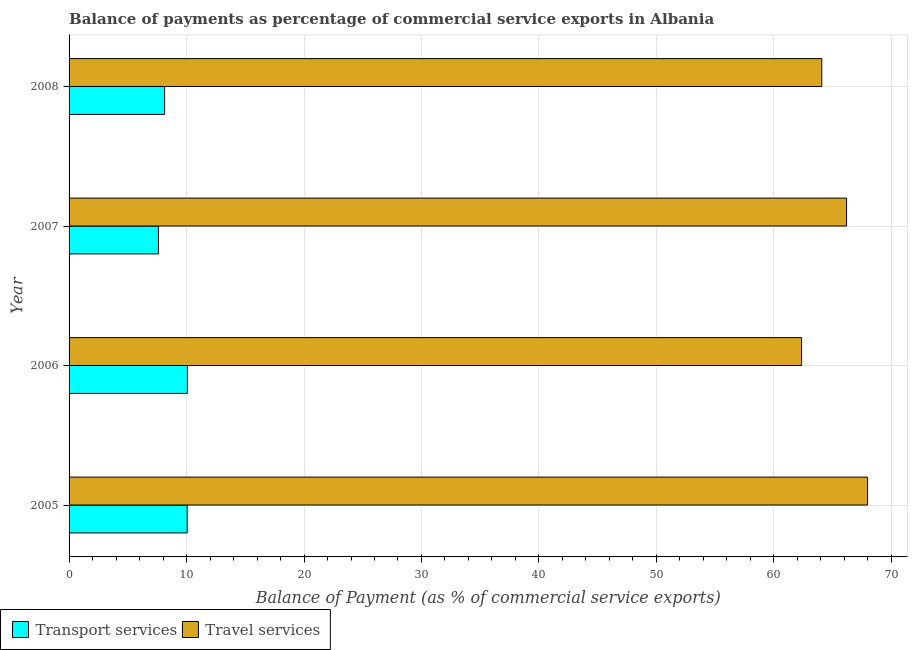
| Year | Transport services | Travel services |
 | --- | --- | --- |
 | 2005 | 10.1 | 68 |
 | 2006 | 10.1 | 62.4 |
 | 2007 | 7.61 | 66.2 |
 | 2008 | 8.13 | 64.1 |